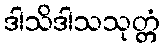
ဒါသိဒါသသုတ္တံ